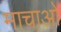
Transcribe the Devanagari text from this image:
माचाओ